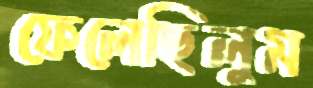
ফেলেছিলুম